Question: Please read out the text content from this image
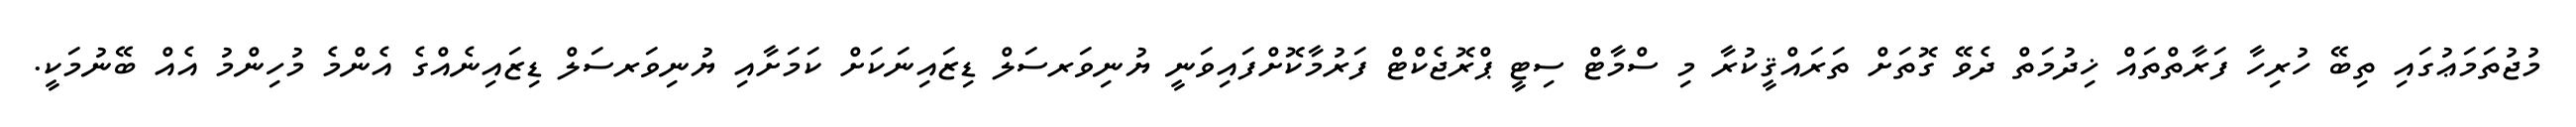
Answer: މުޖުތަމަޢުގައި ތިބޭ ހުރިހާ ފަރާތްތައް ޚިދުމަތް ދެވޭ ގޮތަށް ތަރައްޤީކުރާ މި ސްމާޓް ސިޓީ ޕްރޮޖެކްޓް ފަރުމާކޮށްފައިވަނީ ޔުނިވަރސަލް ޑިޒައިނަކަށް ކަމަށާއި ޔުނިވަރސަލް ޑިޒައިނެއްގެ އެންމެ މުހިންމު އެއް ބޭނުމަކީ.